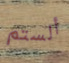
ألستم